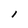
Character: l